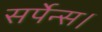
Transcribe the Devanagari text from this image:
सर्पेन्स।